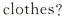
clothes?